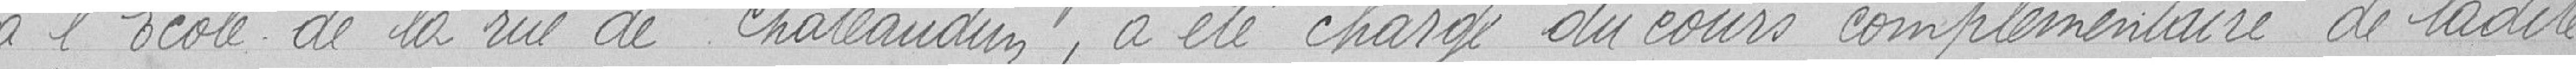
à l’École de la rue de chateaudun, a été chargé du cours complémentaire de ladite